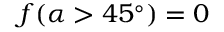
f ( \alpha > 4 5 ^ { \circ } ) = 0